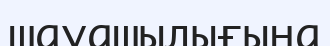
шауашылығына